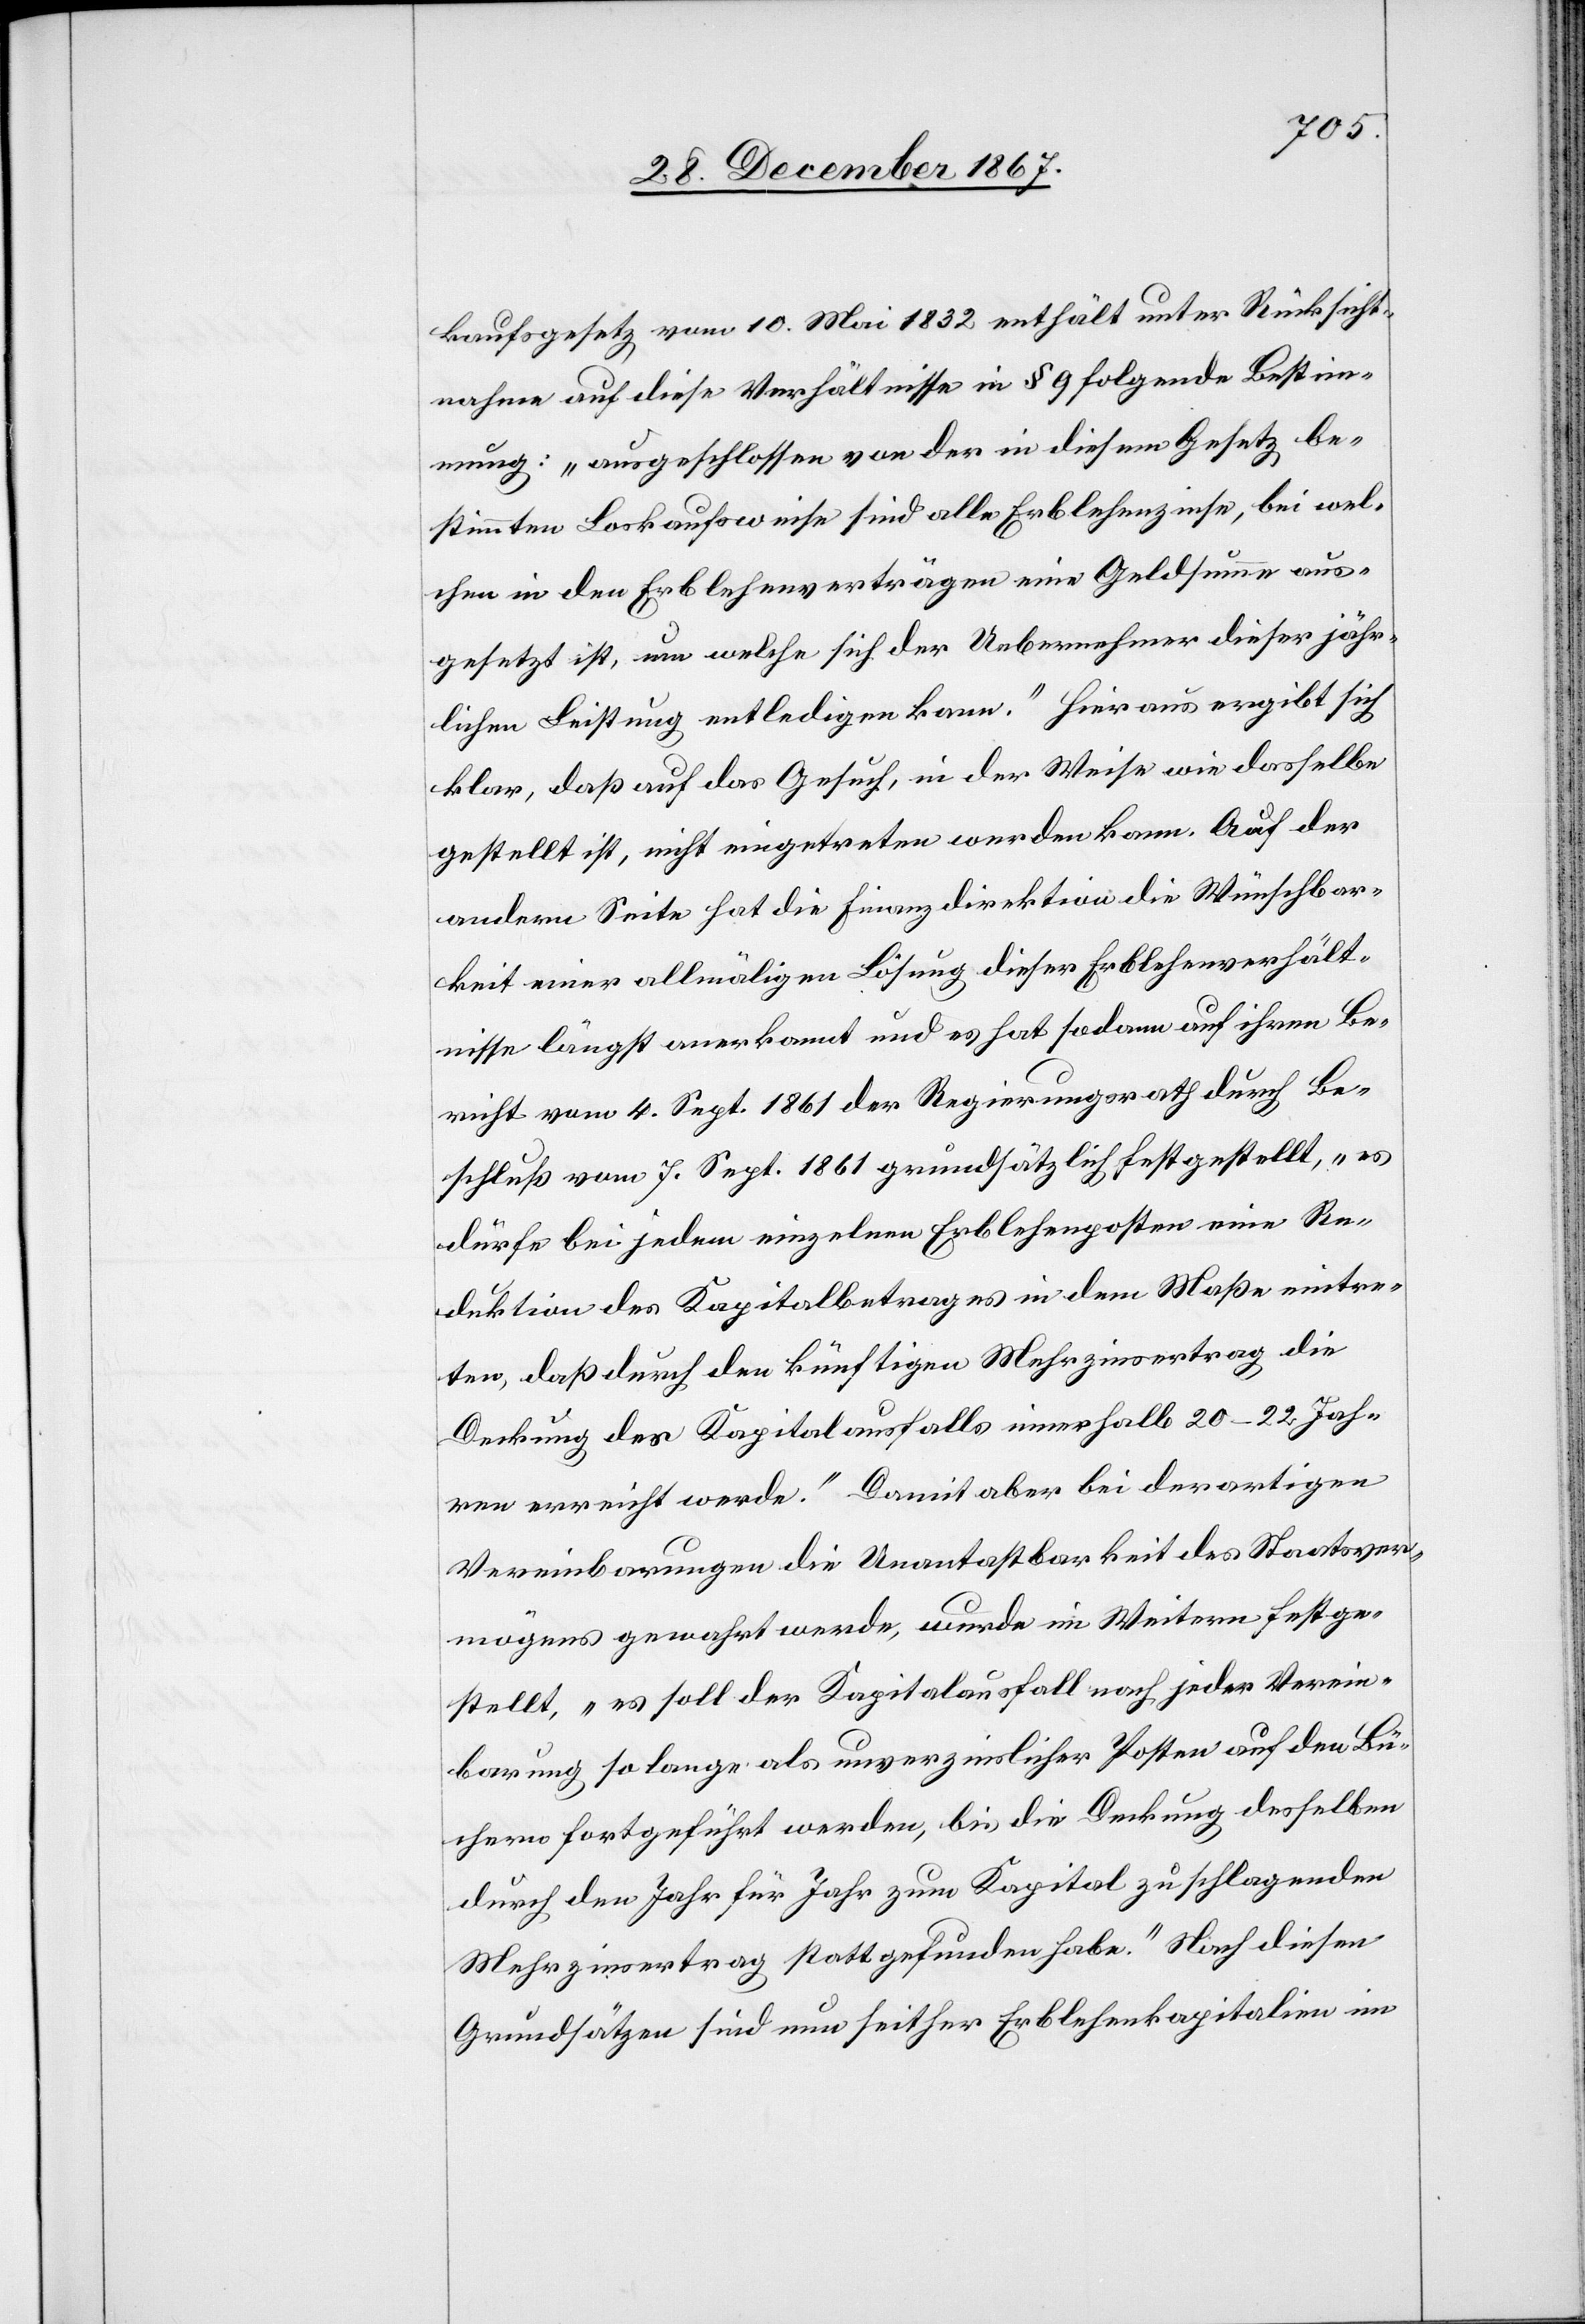
kaufsgesetz vom 10. Mai 1832 enthält unter Rücksicht¬
nahme auf diese Verhältnisse in § 9 folgende Bestim¬
mung: „ausgeschlossen von der in diesem Gesetz be¬
stimmten Loskaufsweise sind alle Erblehenzinse, bei wel¬
chem in den Erblehensverträgen eine Geldsumme aus¬
gesetzt ist, um welche sich der Uebernehmer dieser jähr¬
lichen Leistung entledigen kann.“ Hieraus ergibt sich
klar, daß auf das Gesuch, in der Weise wie dasselbe
gestellt ist, nicht eingetreten werden kann. Auf der
andern Seite hat die Finanzdirektion die Wünschbar¬
keit einer allmäligen Lösung dieser Erblehensverhält¬
nisse längst anerkannt und es hat sodann auf ihren Be¬
richt vom 4. Sept 1861 der Regierungsrath durch Be¬
schluß vom 7. Sept 1861 grundsätzlich festgestellt, „es
dürfe bei jedem einzelnen Erblehenposten eine Re¬
duktion des Kapitalbetrages in dem Maße eintre¬
ten, daß durch den künftigen Mehrzinsertrag die
Deckung des Kapitalausfalls innerhalb 20–22 Jah¬
ren erreicht werde.“ Damit aber bei derartigen
Vereinbarungen die Unantastbarkeit des Staatsver¬
mögens gewahrt werde, wurde im Weitern festge¬
stellt, „es soll der Kapitalausfall nach jeder Verein¬
barung so lange als unverzinslicher Posten auf den Bü¬
chern fortgeführt werden, bis die Deckung desselben
durch den Jahr für Jahr zum Kapital zu schlagenden
Mehrzinsertrag stattgefunden habe.“ Nach diesen
Grundsätzen sind nun seither Erblehenkapitalien im